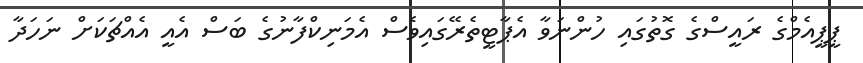
ޕީޕީއެމްގެ ރައީސްގެ ގޮތުގައި ހުންނަވާ އެޕާޓީތެރޭގައިވެސް އެމަނިކްފާނުގެ ބަސް އެއީ އެއްޗަކަށް ނަހަދާ